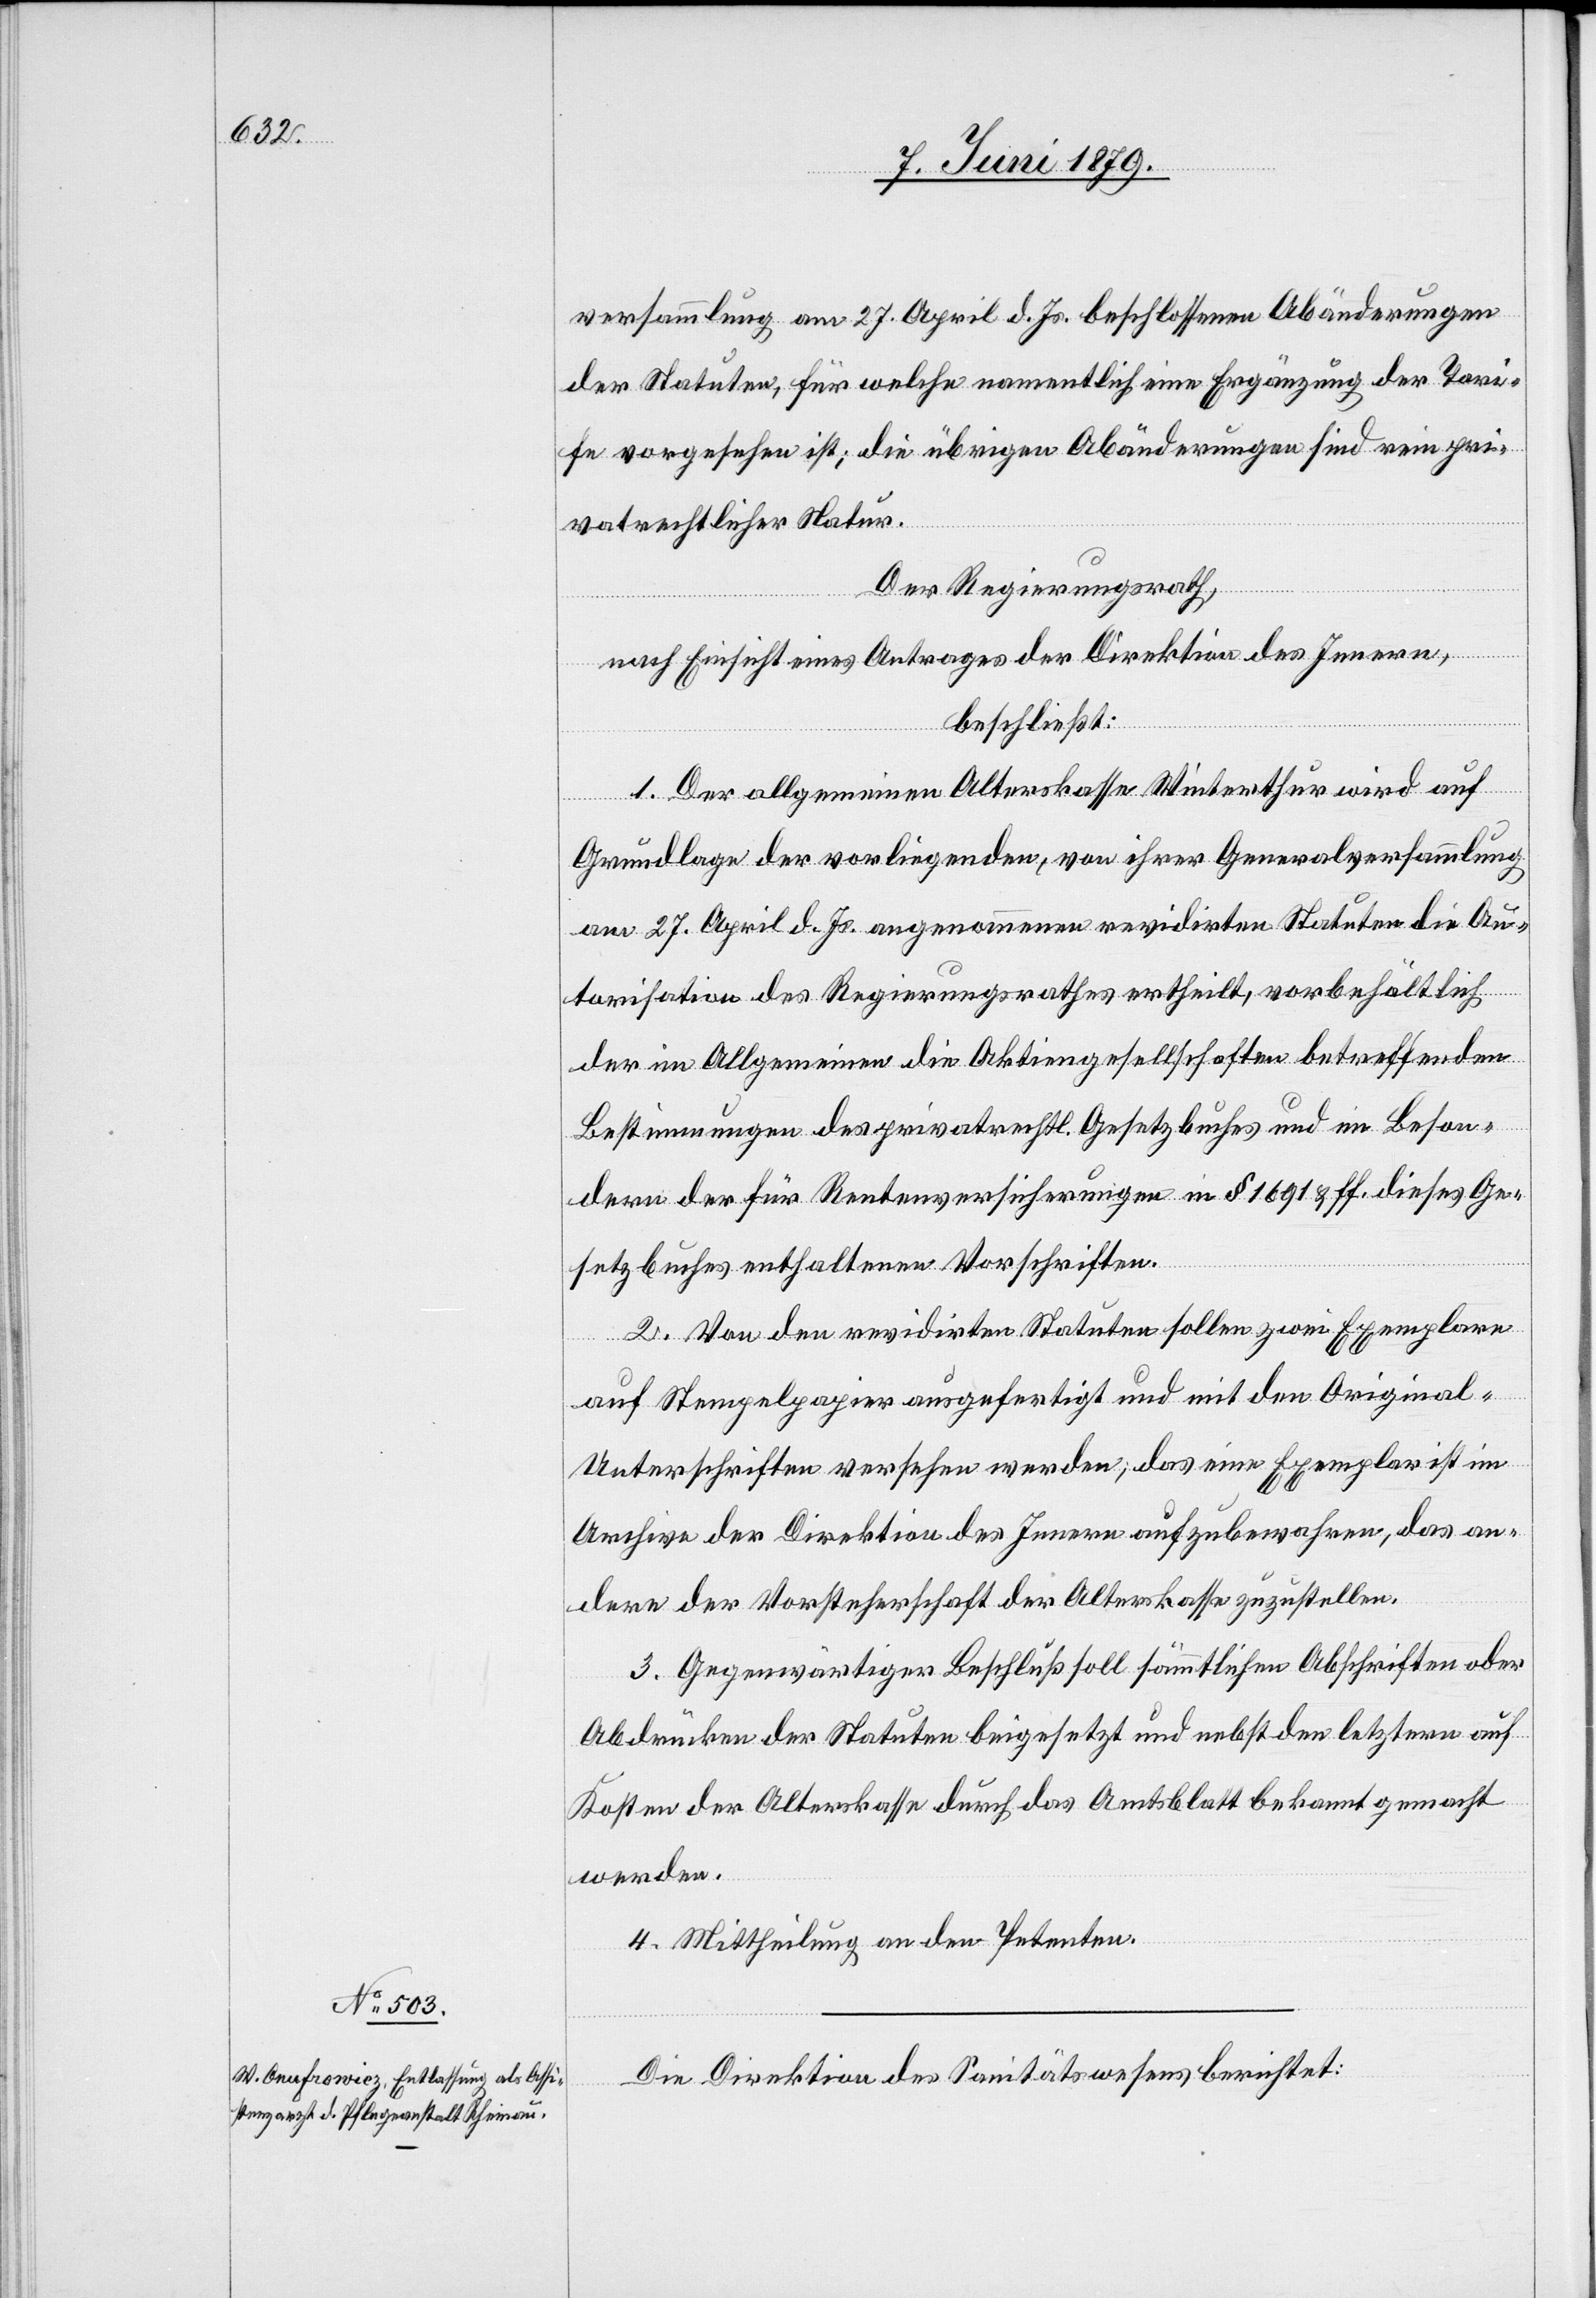
versammlung am 27. April d. Js. beschlossenen Abänderungen
der Statuten, für welche namentlich eine Ergänzung der Tari¬
fe vorgesehen ist; die übrigen Abänderungen sind rein pri¬
vatrechtlicher Natur.
Der Regierungsrath,
nach Einsicht eines Antrages der Direktion des Innern,
beschließt:
1. Der allgemeinen Alterskasse Winterthur wird auf
Grundlage der vorliegenden, von ihrer Generalversammlung
am 27. April d. Js. angenommenen revidirten Statuten die Au¬
torisation des Regierungsrathes ertheilt, vorbehältlich
der im Allgemeinen die Aktiengesellschaften betreffenden
Bestimmungen des privatrechtl. Gesetzbuches und im Beson¬
dern der für Rentenversicherungen in § 1691 & ff. dieses Ge¬
setzbuches enthaltenen Vorschriften.
2. Von den revidirten Statuten sollen zwei Exemplare
auf Stempelpapier ausgefertigt und mit den Original-U¬
nterschriften versehen werden; das eine Exemplar ist im
Archive der Direktion des Innern aufzubewahren, das an¬
dere der Vorsteherschaft der Alterskasse zuzustellen.
3. Gegenwärtiger Beschluß soll sämmtlichen Abschriften oder
Abdrücken der Statuten beigesetzt und nebst den letztern auf
Kosten der Alterskasse durch das Amtsblatt bekannt gemacht
werden.
4. Mittheilung an den Petenten.
Die Direktion des Sanitätswesens berichtet: